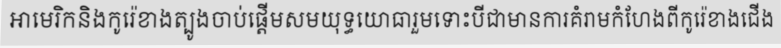
អាមេរិកនិងកូរ៉េខាងត្បូងចាប់ផ្តើមសមយុទ្ធយោធារួមទោះបីជាមានការគំរាមកំហែងពីកូរ៉េខាងជើង